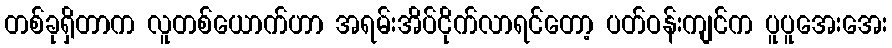
တစ်ခုရှိတာက လူတစ်ယောက်ဟာ အရမ်းအိပ်ငိုက်လာရင်တော့ ပတ်ဝန်းကျင်က ပူပူအေးအေး